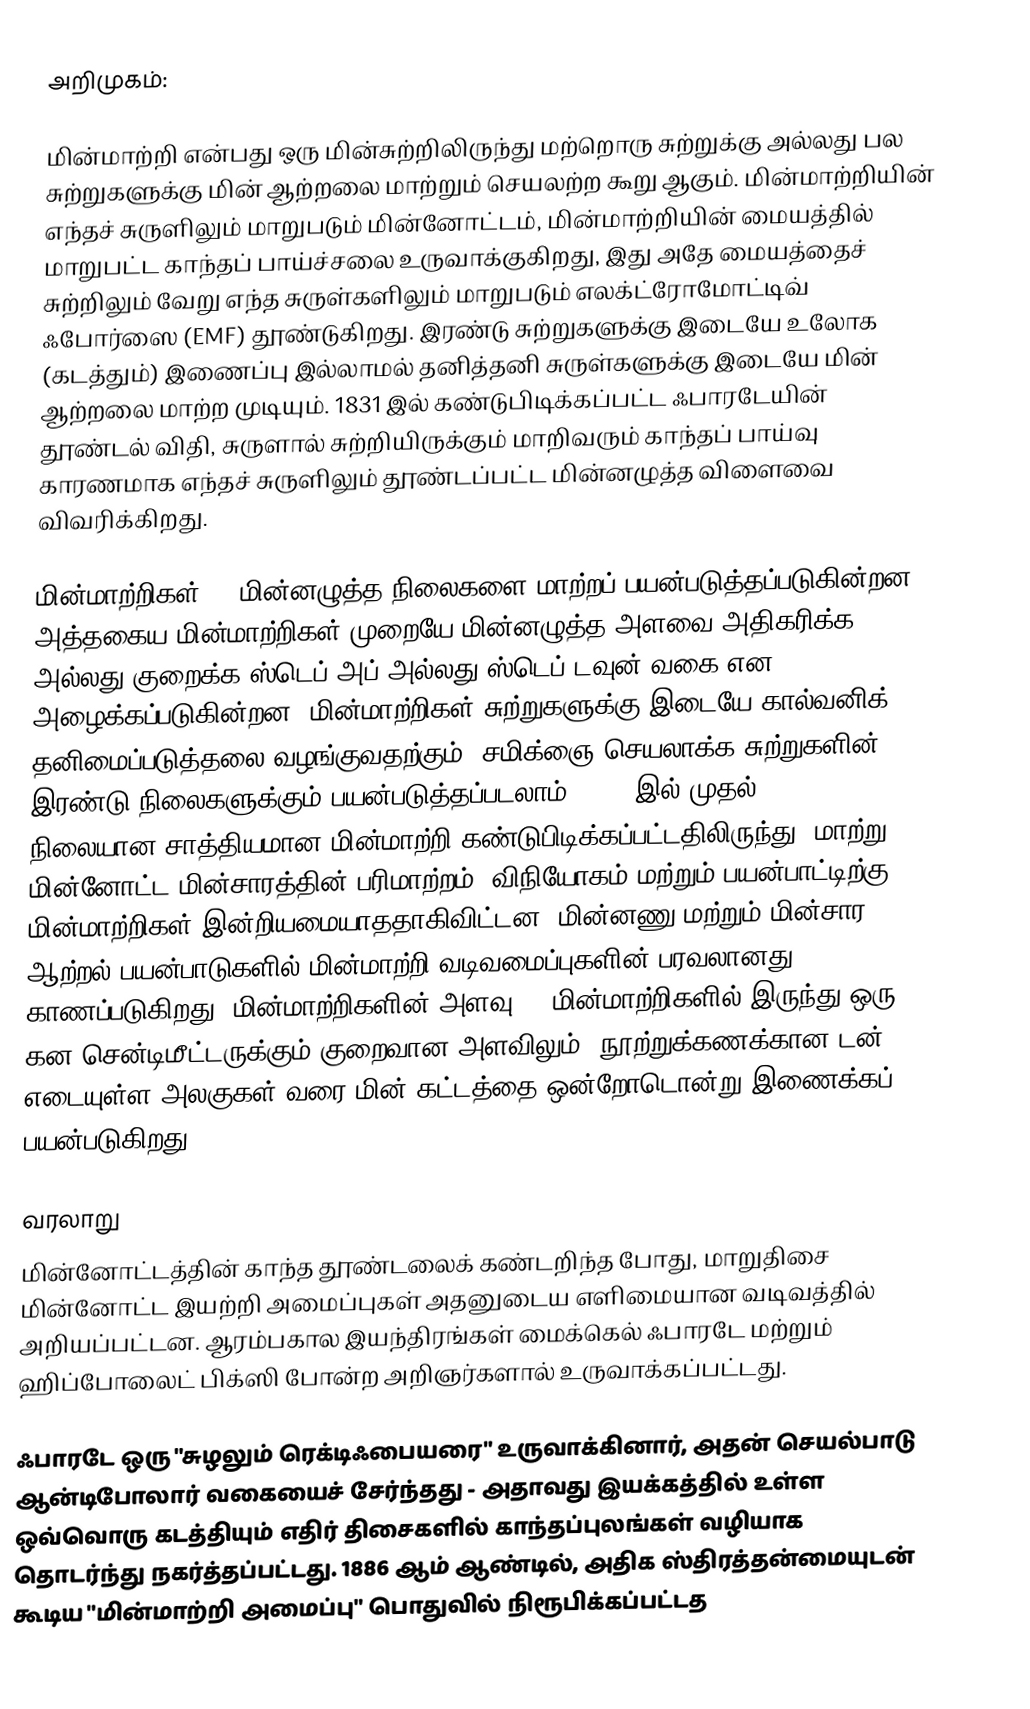
அறிமுகம்:

மின்மாற்றி என்பது ஒரு மின்சுற்றிலிருந்து மற்றொரு சுற்றுக்கு அல்லது பல சுற்றுகளுக்கு மின் ஆற்றலை மாற்றும் செயலற்ற கூறு ஆகும். மின்மாற்றியின் எந்தச் சுருளிலும் மாறுபடும் மின்னோட்டம், மின்மாற்றியின் மையத்தில் மாறுபட்ட காந்தப் பாய்ச்சலை உருவாக்குகிறது, இது அதே மையத்தைச் சுற்றிலும் வேறு எந்த சுருள்களிலும் மாறுபடும் எலக்ட்ரோமோட்டிவ் ஃபோர்ஸை (EMF) தூண்டுகிறது. இரண்டு சுற்றுகளுக்கு இடையே உலோக (கடத்தும்) இணைப்பு இல்லாமல் தனித்தனி சுருள்களுக்கு இடையே மின் ஆற்றலை மாற்ற முடியும். 1831 இல் கண்டுபிடிக்கப்பட்ட ஃபாரடேயின் தூண்டல் விதி, சுருளால் சுற்றியிருக்கும் மாறிவரும் காந்தப் பாய்வு காரணமாக எந்தச் சுருளிலும் தூண்டப்பட்ட மின்னழுத்த விளைவை விவரிக்கிறது.

மின்மாற்றிகள் AC மின்னழுத்த நிலைகளை மாற்றப் பயன்படுத்தப்படுகின்றன, அத்தகைய மின்மாற்றிகள் முறையே மின்னழுத்த அளவை அதிகரிக்க அல்லது குறைக்க ஸ்டெப்-அப் அல்லது ஸ்டெப்-டவுன் வகை என அழைக்கப்படுகின்றன. மின்மாற்றிகள் சுற்றுகளுக்கு இடையே கால்வனிக் தனிமைப்படுத்தலை வழங்குவதற்கும், சமிக்ஞை-செயலாக்க சுற்றுகளின் இரண்டு நிலைகளுக்கும் பயன்படுத்தப்படலாம். 1885 இல் முதல் நிலையான-சாத்தியமான மின்மாற்றி கண்டுபிடிக்கப்பட்டதிலிருந்து, மாற்று மின்னோட்ட மின்சாரத்தின் பரிமாற்றம், விநியோகம் மற்றும் பயன்பாட்டிற்கு மின்மாற்றிகள் இன்றியமையாததாகிவிட்டன. மின்னணு மற்றும் மின்சார ஆற்றல் பயன்பாடுகளில் மின்மாற்றி வடிவமைப்புகளின் பரவலானது காணப்படுகிறது. மின்மாற்றிகளின் அளவு RF மின்மாற்றிகளில் இருந்து ஒரு கன சென்டிமீட்டருக்கும் குறைவான அளவிலும், நூற்றுக்கணக்கான டன் எடையுள்ள அலகுகள் வரை மின் கட்டத்தை ஒன்றோடொன்று இணைக்கப் பயன்படுகிறது.

வரலாறு
மின்னோட்டத்தின் காந்த தூண்டலைக் கண்டறிந்த போது, மாறுதிசை மின்னோட்ட இயற்றி அமைப்புகள் அதனுடைய எளிமையான வடிவத்தில் அறியப்பட்டன. ஆரம்பகால இயந்திரங்கள் மைக்கெல் ஃபாரடே மற்றும் ஹிப்போலைட் பிக்ஸி போன்ற அறிஞர்களால் உருவாக்கப்பட்டது.

ஃபாரடே ஒரு "சுழலும் ரெக்டிஃபையரை" உருவாக்கினார், அதன் செயல்பாடு ஆன்டிபோலார் வகையைச் சேர்ந்தது - அதாவது இயக்கத்தில் உள்ள ஒவ்வொரு கடத்தியும் எதிர் திசைகளில் காந்தப்புலங்கள் வழியாக தொடர்ந்து நகர்த்தப்பட்டது. 1886 ஆம் ஆண்டில், அதிக ஸ்திரத்தன்மையுடன் கூடிய "மின்மாற்றி அமைப்பு" பொதுவில் நிரூபிக்கப்பட்டத